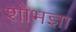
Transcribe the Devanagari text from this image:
शोभज्ञा